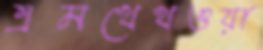
এমথেথওয়া